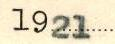
1921